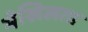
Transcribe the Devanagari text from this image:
मेखिलता